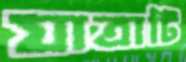
যাত্রাটি